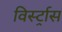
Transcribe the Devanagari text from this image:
विर्स्ट्रास